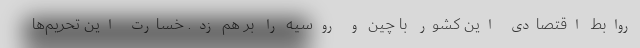
روابط اقتصادی این کشور با چین و روسیه را بر هم زد. خسارت این تحریم‌ها